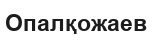
Опалқожаев